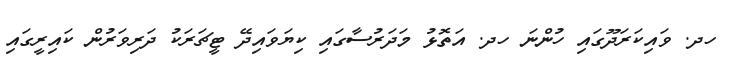
ހދ. ވައިކަރަދޫގައި ހުންނަ ހދ. އަތޮޅު މަދަރުސާގައި ކިޔަވައިދޭ ޓީޗަރަކު ދަރިވަރުން ކައިރީގައި